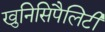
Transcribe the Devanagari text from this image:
खुनिसिपैलिटी